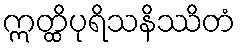
ဣတ္ထိပုရိသနိဿိတံ